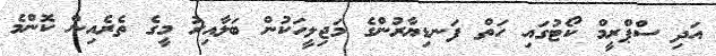
އަދި ސްޕްރީމް ކޯޓުގައި ހަތް ފަނޑިޔާރުންގެ މަޖިލީހަކުން ބަލާއިރު މީގެ ތެރެއިން ކޮންމެ